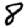
Digit: 8